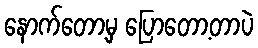
နောက်တော့မှ ပြောတော့တာပဲ